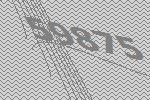
59875